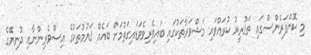
މި ކޮންފަރެންސްގައި ތަޤުރީރު ކުރައްވައި މަޝްވަރާތަކުގައި ބައިވެރިވެވަޑައިގަތުމަށް ބައެއް ޤައުމުތަކުގެ އިސްވެރިންނާއި ދުނިޔޭގެ